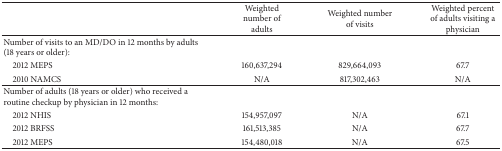
|  | Weighted number of adults | Weighted number of visits | Weighted percent of adults visiting a physician |
 | --- | --- | --- | --- |
 | Number of visits to an MD/DO in 12 months by adults (18 years or older): |  |  |  |
 | 2012 MEPS | 160,637,294 | 829,664,093 | 67.7 |
 | 2010 NAMCS | N/A | 817,302,463 | N/A |
 | Number of adults (18 years or older) who received a routine checkup by physician in 12 months: |  |  |  |
 | 2012 NHIS | 154,957,097 | N/A | 67.1 |
 | 2012 BRFSS | 161,513,385 | N/A | 67.7 |
 | 2012 MEPS | 154,480,018 | N/A | 67.5 |